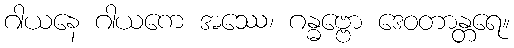
ဂါယနေ ဂါယကေ အဿေ၊ ဂန္ဓဗ္ဗော ဒေဝတာန္တရေ။